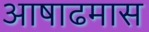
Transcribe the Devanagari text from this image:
आषाढमास